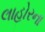
લાહોરના